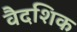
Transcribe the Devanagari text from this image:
वैदशिक